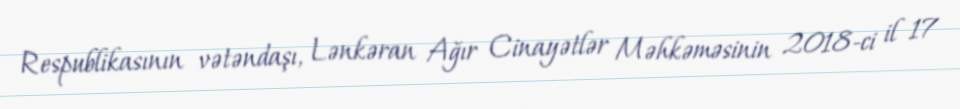
Respublikasının vətəndaşı, Lənkəran Ağır Cinayətlər Məhkəməsinin 2018-ci il 17